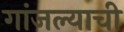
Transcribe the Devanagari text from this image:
गांजल्याची